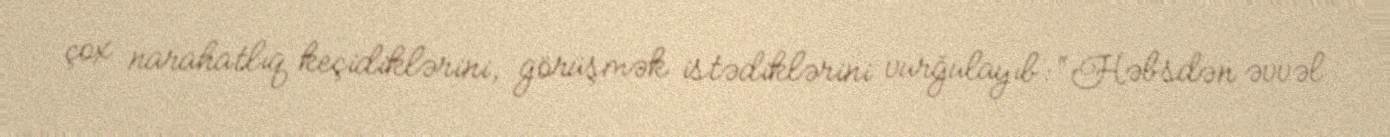
çox narahatlıq keçidiklərini, görüşmək istədiklərini vurğulayıb: “Həbsdən əvvəl